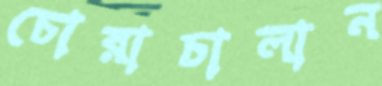
চোরাচালান